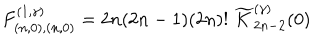
F _ { ( n , 0 ) , ( n , 0 ) } ^ { ( 1 , \gamma ) } = 2 n ( 2 n - 1 ) ( 2 n ) ! \; \widetilde { K } _ { 2 n - 2 } ^ { ( \gamma ) } ( 0 )